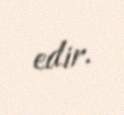
edir.